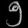
Digit: ၅